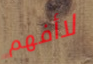
لاأفهم